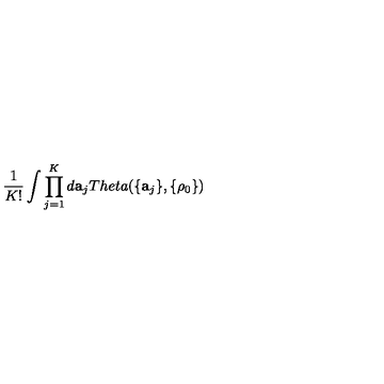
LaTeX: \frac { 1 } { K ! } \int \prod _ { j = 1 } ^ { K } d { \bf a } _ { j } T h e t a ( \{ { \bf a } _ { j } \} , \{ \rho _ { 0 } \} )